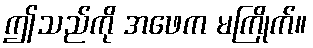
ဤသည်ကို အဖေက မကြိုက်။